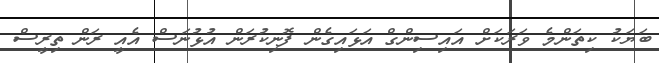
ބަޔަކު ކިތަންމެ ވަރަކަށް އައިސިންގް އަޅައިގެން ފޮނިކުރަން އުޅުނަސް އެއީ ރަން ތިރީސް